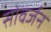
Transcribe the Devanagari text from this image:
सोवर्जन